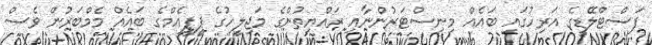
ފަސްޓްލޭޑީގެ އަރިހުގައި ބައެއް މިނިސްޓަރުންނާއި ރައްޔިތުންގެ މަޖިލީހުގެ ޕީޕީއެމްގެ ބައެއް މެމްބަރުން ވެސް